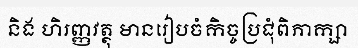
និង ហិរញ្ញវត្ថុ មានរៀបចំកិច្ចប្រជុំពិភាក្សា